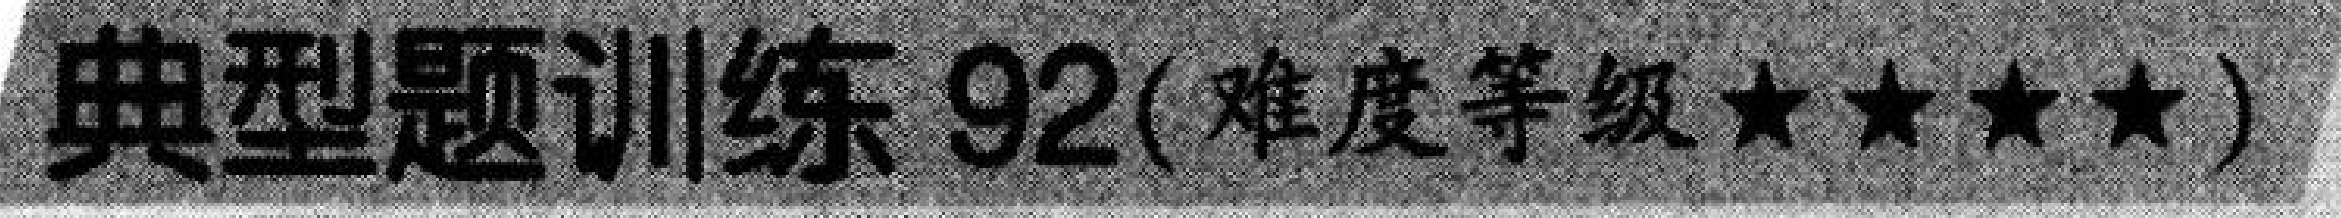
典型题训练 92(难度等级★★★★)